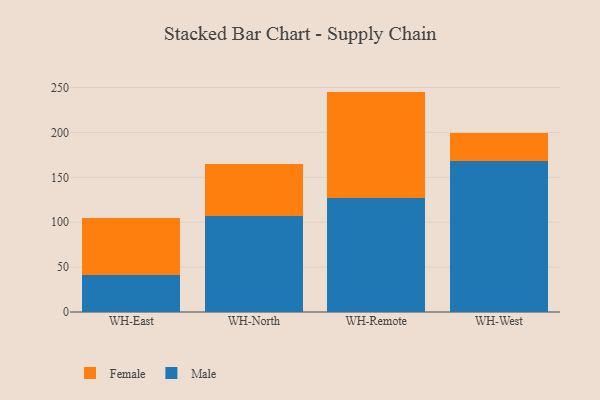
{"axis": {"x": "Warehouse", "y": "Shipments"}, "legend": ["Female", "Male"], "data": [{"x": "WH-East", "y": 40.9, "type": "Male"}, {"x": "WH-East", "y": 63.9, "type": "Female"}, {"x": "WH-North", "y": 107.0, "type": "Male"}, {"x": "WH-North", "y": 57.7, "type": "Female"}, {"x": "WH-Remote", "y": 126.8, "type": "Male"}, {"x": "WH-Remote", "y": 118.7, "type": "Female"}, {"x": "WH-West", "y": 167.7, "type": "Male"}, {"x": "WH-West", "y": 31.7, "type": "Female"}]}